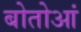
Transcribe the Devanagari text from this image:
बोतोआं